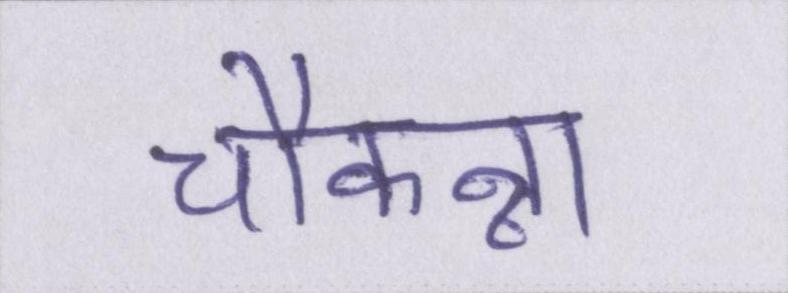
चौकन्ना